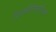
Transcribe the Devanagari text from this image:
रिजेनेरियरस्टेशन